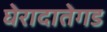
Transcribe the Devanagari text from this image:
घेरादातेगड